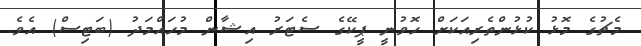
މެޗުގެ މޮޅު ކުޅުންތެރިއަކަށް ހޮވުނީ ޕީކޭގެ ސެޓަރު އިޝާން މުހައްމަދު (ބަޓިސް) އެވެ.